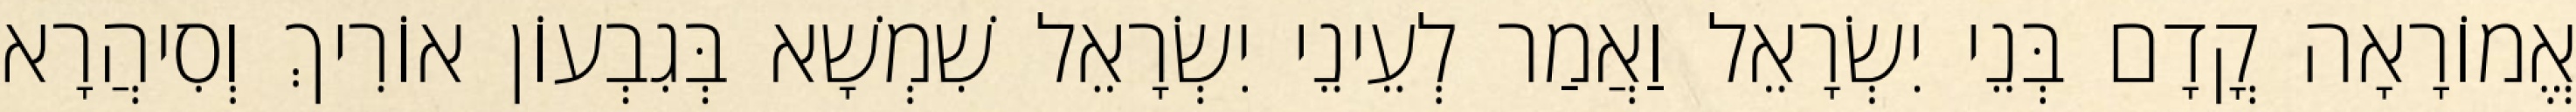
אֱמוֹרָאָה קֳדָם בְּנֵי יִשְׂרָאֵל וַאֲמַר לְעֵינֵי יִשְׂרָאֵל שִׁמְשָׁא בְּגִבְעוֹן אוֹרִיךְ וְסִיהֲרָא